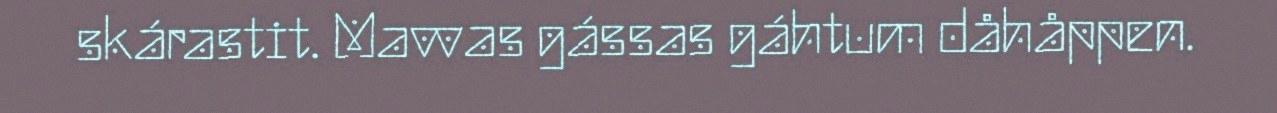
skárastit. Mavvas gássas gáhtum dåhåppen.